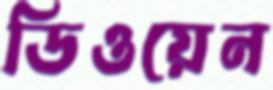
ডিওয়েন